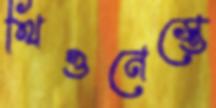
থিওনেস্তে